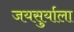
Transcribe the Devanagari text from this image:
जयसुर्याला